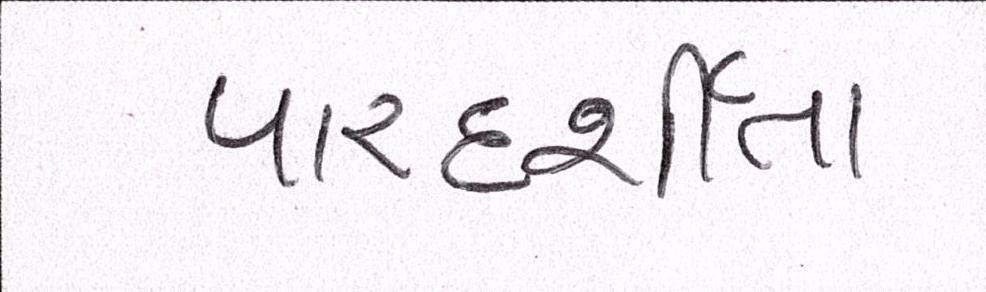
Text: પારદર્શીતા